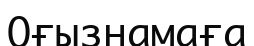
Оғызнамаға